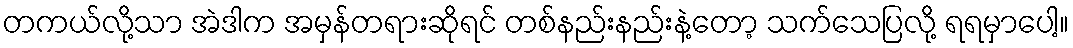
တကယ်လို့သာ အဲဒါက အမှန်တရားဆိုရင် တစ်နည်းနည်းနဲ့တော့ သက်သေပြလို့ ရရမှာပေါ့။